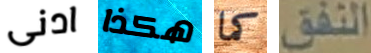
ادنى هكذا كما النفق